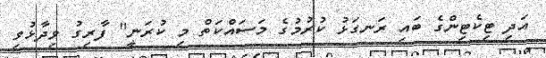
އަދި ޓިކެޓިންގެ ބައި ރަނގަޅު ކުރުމުގެ މަސައްކަތް މި ކުރަނީ" ފާރިގު ވިދާޅުވި